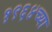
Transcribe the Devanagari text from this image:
१९६४च्या